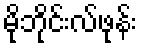
မိုဘိုင်းလ်ဖုန်း